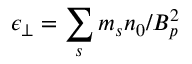
\epsilon _ { \perp } = \sum _ { s } m _ { s } n _ { 0 } / \ensuremath { B _ { p } } ^ { 2 }